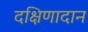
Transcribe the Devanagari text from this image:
दक्षिणादान